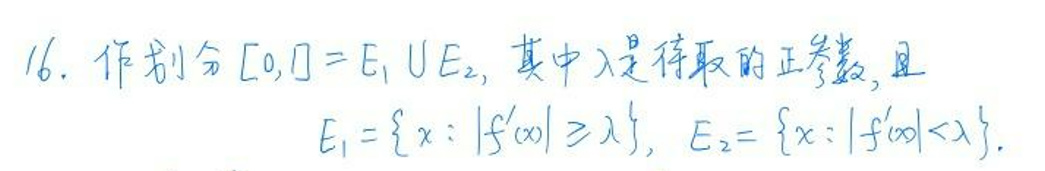
16. 作划令\([0,1]=E_1\cup E_2\)，其中\(\lambda\)是待取的正参数，且
\[E_1 = \{x : |f'(x)| \geq \lambda\}, \quad E_2 = \{x : |f'(x)| < \lambda\}.\]